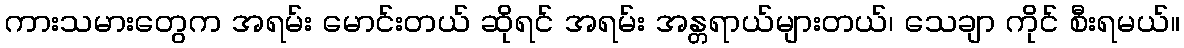
ကားသမားတွေက အရမ်း မောင်းတယ် ဆိုရင် အရမ်း အန္တရာယ်များတယ်၊ သေချာ ကိုင် စီးရမယ်။